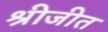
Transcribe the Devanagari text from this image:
श्रीजीत